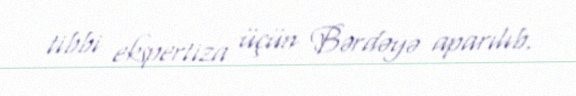
tibbi ekspertiza üçün Bərdəyə aparılıb.